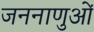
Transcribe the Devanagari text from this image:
जननाणुओं